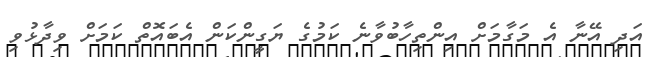
އަދި އޭނާ އެ މަގާމަށް އިންތިހާބުވާނެ ކަމުގެ ޔަގީންކަން އެބައޮތް ކަމަށް ވިދާޅުވި